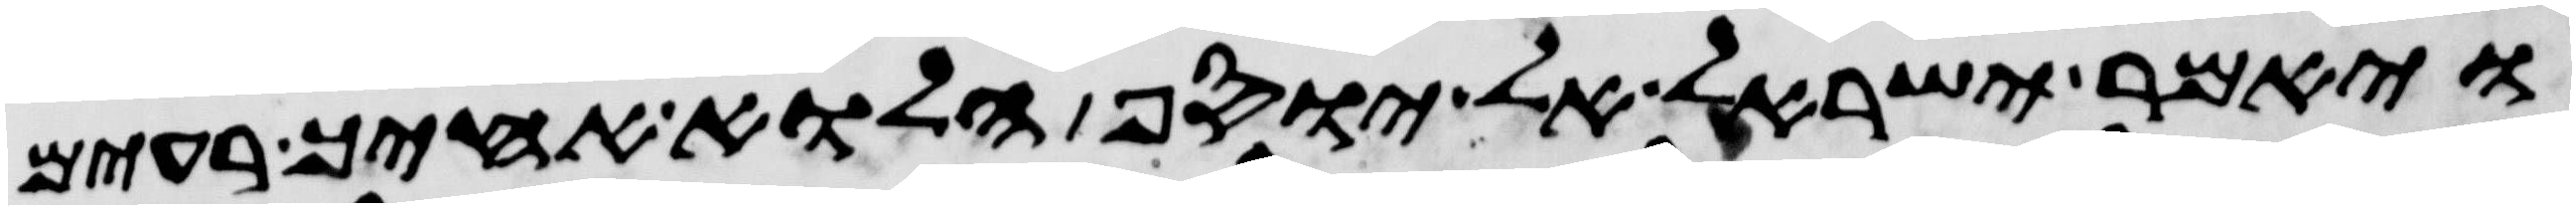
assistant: ויאמר ישראל אל יוסף הלוא אחיך רעים